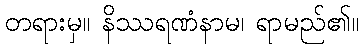
တရားမှ။ နိဿရဏံနာမ၊ ရာမည်၏။